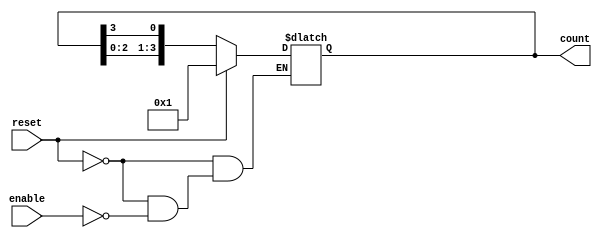
module async_ring_counter (
    input wire reset,       // Asynchronous reset
    input wire enable,      // Enable signal to trigger the counting
    output reg [N-1:0] count // Ring counter output
);
    parameter N = 4; // Number of bits in the ring counter (Configurable)

    // Initial state of the counter (only the least significant bit is '1')
    initial begin
        count = 1'b1; // Start with '0001'
    end

    always @* begin
        if (reset) begin
            count = 1 << 0; // Reset to initial state '0001'
        end else if (enable) begin
            // Shift the '1' bit to the left (circularly)
            count = {count[N-2:0], count[N-1]};
        end
    end
endmodule